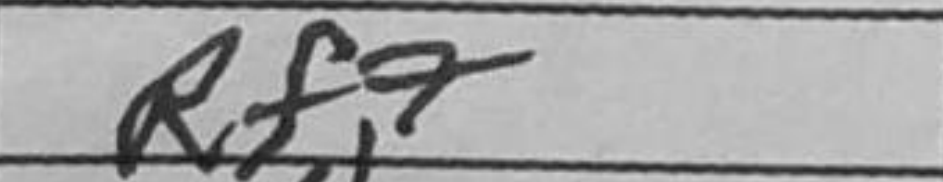
Transcription: Rf7